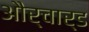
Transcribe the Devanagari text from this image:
और्चार्ड